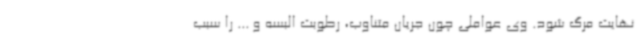
نهایت مرگ شود. وی عواملی چون جریان متناوب، رطوبت البسه و ... را سبب